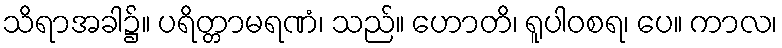
သိရာအခါ၌။ ပရိတ္တာမရဏံ၊ သည်။ ဟောတိ၊ ရူပါဝစရ၊ ပေ။ ကာလ၊